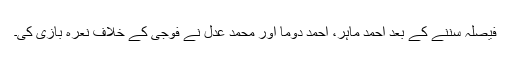
فیصلہ سننے کے بعد احمد ماہر، احمد دوما اور محمد عدل نے فوجی کے خلاف نعرہ بازی کی۔